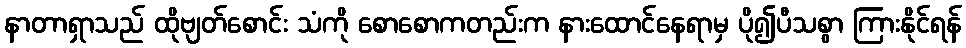
နာတာရှာသည် ထိုဗျတ်စောင်း သံကို စောစောကတည်းက နားထောင်နေရာမှ ပို၍ပီသစွာ ကြားနိုင်ရန်